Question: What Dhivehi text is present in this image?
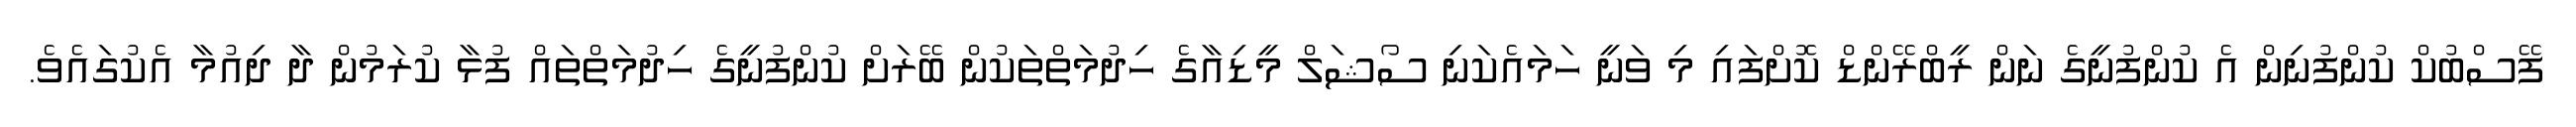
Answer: ފޭސްބުކް ކުންފުނިން އެ ކުންފުނީގެ ނަން ރީބްރޭންޑް ކޮށްފައި މި ވަނީ ހަމައެކަނި ސޯޝަލް މީޑިއާގެ ހިދުމަތްތަކުން ބޭރަށް ކުންފުނީގެ ހިދުމަތްތައް ފުޅާ ކުރަމުން ދާ ދިއުމާ އެކުގައެވެ.